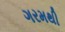
ગરમથી